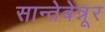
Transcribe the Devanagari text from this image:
सान्तेबेन्नूर